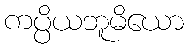
ကပ္ပိယဘူမိယော